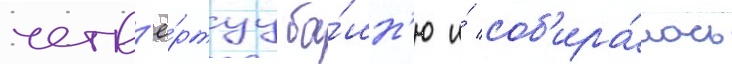
четв'ё́ртуу ба́шн'ю и́ соб'ира́лась